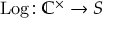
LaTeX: \operatorname { L o g } \colon \mathbb { C } ^ { \times } \to S